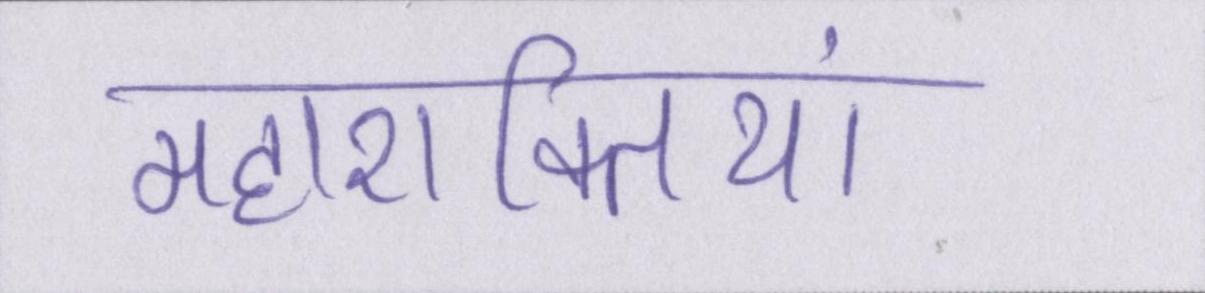
महाशक्तियां